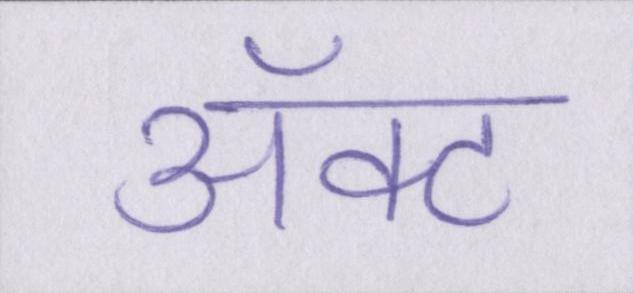
ॲक्ट